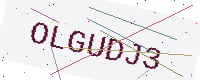
Text: OLGUDJ3